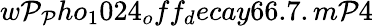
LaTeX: w\mathcal{P}_{\mathcal{P}}ho_{1}024_{o}ff_{d}ecay66.7.m\mathcal{P}4